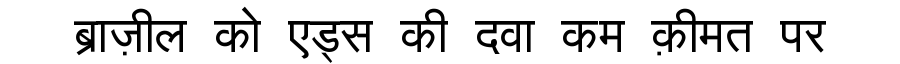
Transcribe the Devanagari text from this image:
ब्राज़ील को एड्स की दवा कम क़ीमत पर